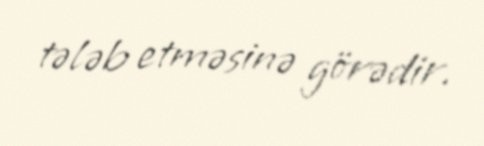
tələb etməsinə görədir.